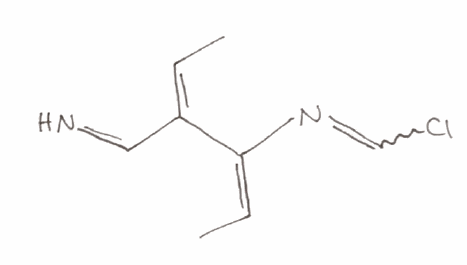
Simplified molecular-input line-entry system (SMILES) notation of the given molecule:
C/C=C(/C=N)\C(=C/C)\N=CCl